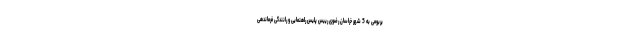
یربومی به 5 شهر خراسان ‌رضوی رییس پلیس راهنمایی و رانندگی فرماندهی